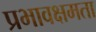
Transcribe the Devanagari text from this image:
प्रभावक्षमता